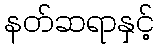
နတ်ဆရာနှင့်